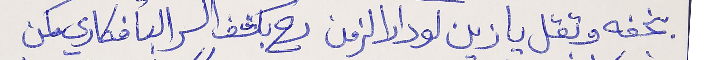
بخفه وتقل يا زين لو دار الزمن رح بكشف السر البأفكاري مكن